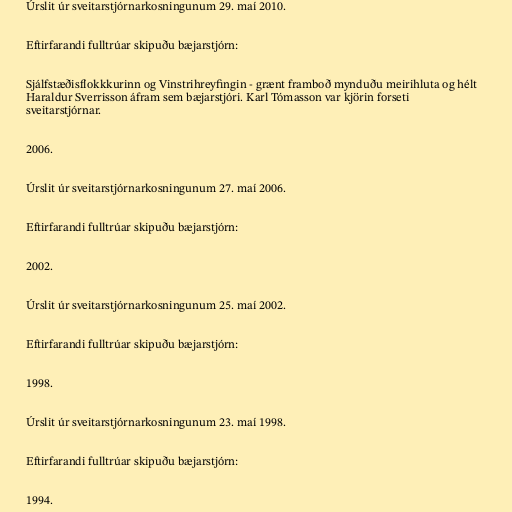
Úrslit úr sveitarstjórnarkosningunum 29. maí 2010.

Eftirfarandi fulltrúar skipuðu bæjarstjórn:

Sjálfstæðisflokkkurinn og Vinstrihreyfingin - grænt framboð mynduðu meirihluta og hélt
Haraldur Sverrisson áfram sem bæjarstjóri. Karl Tómasson var kjörin forseti
sveitarstjórnar.

2006.

Úrslit úr sveitarstjórnarkosningunum 27. maí 2006.

Eftirfarandi fulltrúar skipuðu bæjarstjórn:

2002.

Úrslit úr sveitarstjórnarkosningunum 25. maí 2002.

Eftirfarandi fulltrúar skipuðu bæjarstjórn:

1998.

Úrslit úr sveitarstjórnarkosningunum 23. maí 1998.

Eftirfarandi fulltrúar skipuðu bæjarstjórn:

1994.